Indian Civil Veterinary Department memoirs
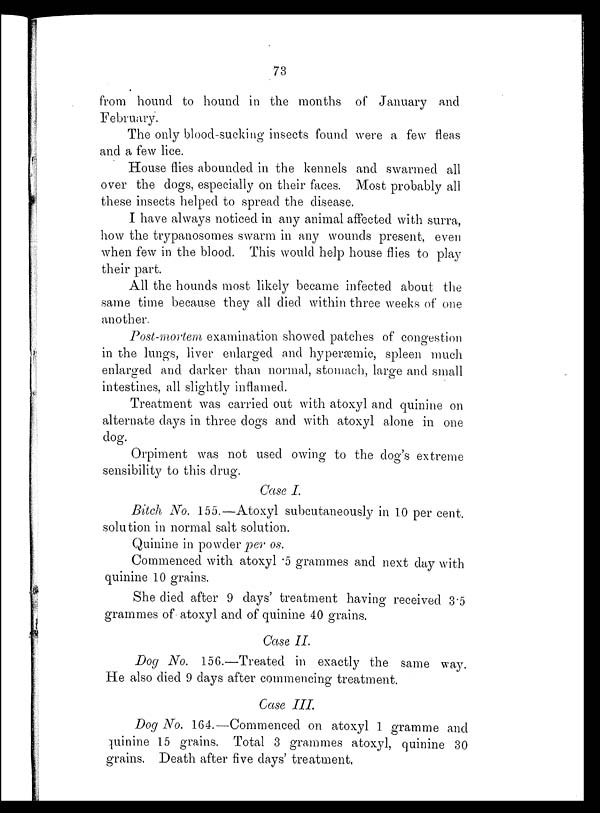
73
from hound to hound in the months of January and
February.
The only blood-sucking insects found were a few fleas
and a few lice.
House flies abounded in the kennels and swarmed all
over the dogs, especially on their faces. Most probably all
these insects helped to spread the disease.
I have always noticed in any animal affected with surra,
how the trypanosomes swarm in any wounds present, even
when few in the blood. This would help house flies to play
their part.
All the hounds most likely became infected about the
same time because they all died within three weeks of one
another.
Post-mortem examination showed patches of congestion
in the lungs, liver enlarged and hyperæmic, spleen much
enlarged and darker than normal, stomach, large and small
intestines, all slightly inflamed.
Treatment was carried out with atoxyl and quinine on
alternate days in three dogs and with atoxyl alone in one
dog.
Orpiment was not used owing to the dog's extreme
sensibility to this drug.
Case I.
Bitch No. 155 —Atoxyl subcutaneously in 10 per cent.
solution in normal salt solution.
Quinine in powder per os.
Commenced with atoxyl .5 grammes and next day with
quinine 10 grains.
She died after 9 days' treatment having received 3.5
grammes of atoxyl and of quinine 40 grains.
Case II.
Dog No. 156.—Treated in exactly the same way.
He also died 9 days after commencing treatment.
Case III.
Dog No. 164.—Commenced on atoxyl 1 gramme and
quinine 15 grains. Total 3 grammes atoxyl, quinine 30
grains. Death after five days' treatment,